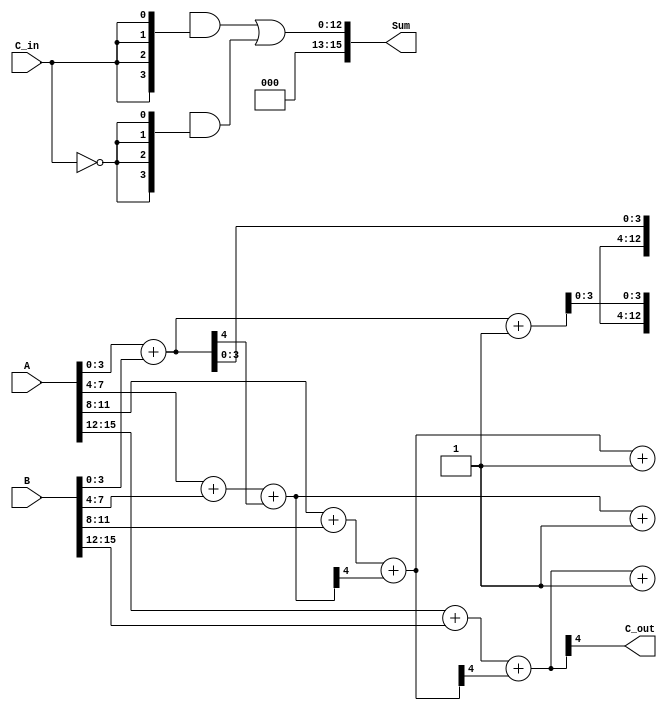
module CarrySelectAdder (
    input [15:0] A,        // 16-bit input A
    input [15:0] B,        // 16-bit input B
    input C_in,            // Carry-in
    output [15:0] Sum,     // 16-bit Sum output
    output C_out           // Carry-out
);

    // Internal signals
    wire [3:0] sum0, sum1; // Sums for C_in = 0 and C_in = 1
    wire C1, C2, C3;        // Carry outputs for segments
    wire G0, G1, G2, G3;    // Generate signals
    wire P0, P1, P2, P3;    // Propagate signals

    // Segment 0 (LSB)
    assign {C1, sum0} = A[3:0] + B[3:0]; // C_in = 0
    assign {C1, sum1} = A[3:0] + B[3:0] + 1'b1; // C_in = 1
    assign G0 = A[3:0] & B[3:0]; // Generate
    assign P0 = A[3:0] ^ B[3:0]; // Propagate

    // Segment 1
    assign {C2, sum0[4:1]} = A[7:4] + B[7:4] + C1; // C_in = 0
    assign {C2, sum1[4:1]} = A[7:4] + B[7:4] + C1 + 1'b1; // C_in = 1
    assign G1 = A[7:4] & B[7:4];
    assign P1 = A[7:4] ^ B[7:4];

    // Segment 2
    assign {C3, sum0[8:5]} = A[11:8] + B[11:8] + C2; // C_in = 0
    assign {C3, sum1[8:5]} = A[11:8] + B[11:8] + C2 + 1'b1; // C_in = 1
    assign G2 = A[11:8] & B[11:8];
    assign P2 = A[11:8] ^ B[11:8];

    // Segment 3 (MSB)
    assign {C_out, sum0[12:9]} = A[15:12] + B[15:12] + C3; // C_in = 0
    assign {C_out, sum1[12:9]} = A[15:12] + B[15:12] + C3 + 1'b1; // C_in = 1
    assign G3 = A[15:12] & B[15:12];
    assign P3 = A[15:12] ^ B[15:12];

    // Final Sum and Carry selection
    assign Sum = {sum1[12:9], sum1[8:5], sum1[4:1], sum1[0]} & {4{C_in}} | 
                 {sum0[12:9], sum0[8:5], sum0[4:1], sum0[0]} & {4{~C_in}};
    
endmodule